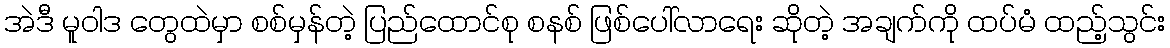
အဲဒီ မူဝါဒ တွေထဲမှာ စစ်မှန်တဲ့ ပြည်ထောင်စု စနစ် ဖြစ်ပေါ်လာရေး ဆိုတဲ့ အချက်ကို ထပ်မံ ထည့်သွင်း